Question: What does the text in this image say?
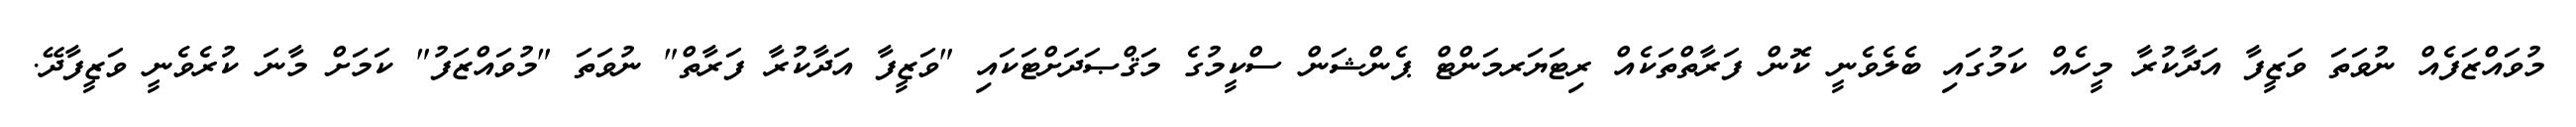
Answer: މުވައްޒަފެއް ނުވަތަ ވަޒީފާ އަދާކުރާ މީހެއް ކަމުގައި ބެލެވެނީ ކޮން ފަރާތްތަކެއް ރިޓަޔަރމަންޓް ޕެންޝަން ސްކީމުގެ މަޤްޞަދަށްޓަކައި "ވަޒީފާ އަދާކުރާ ފަރާތް" ނުވަތަ "މުވައްޒަފު" ކަމަށް މާނަ ކުރެވެނީ ވަޒީފާދޭ.